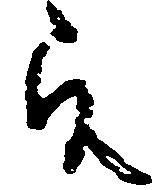
間